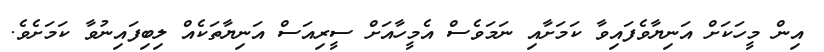
އިން މީހަކަށް އަނިޔާވެފައިވާ ކަމަށާއި ނަމަވެސް އެމީހާއަށް ސީރިއަސް އަނިޔާތަކެއް ލިބިފައިނުވާ ކަމަށެވެ.